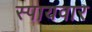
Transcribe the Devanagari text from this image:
स्पायवार